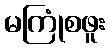
မကြုံစဖူး